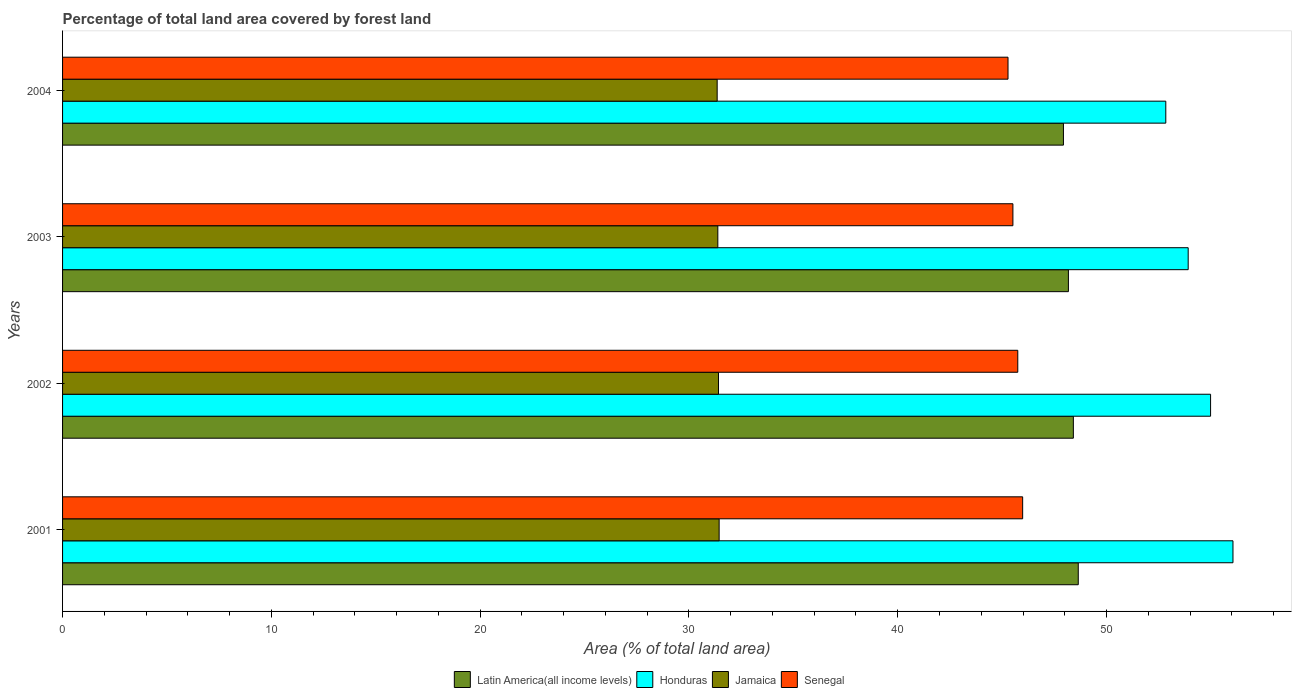
| Years | Latin America(all income levels) | Honduras | Jamaica | Senegal |
 | --- | --- | --- | --- | --- |
 | 2001 | 48.6 | 56.1 | 31.4 | 46 |
 | 2002 | 48.4 | 55 | 31.4 | 45.7 |
 | 2003 | 48.2 | 53.9 | 31.4 | 45.5 |
 | 2004 | 47.9 | 52.8 | 31.4 | 45.3 |